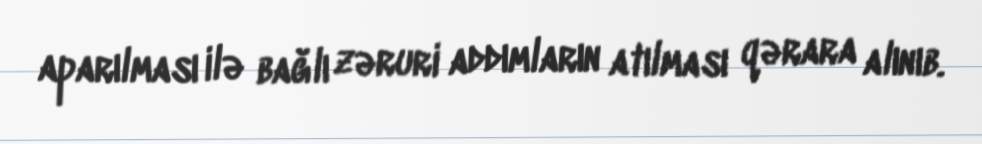
aparılması ilə bağlı zəruri addımların atılması qərara alınıb.